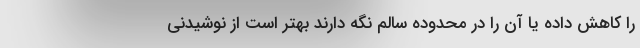
را کاهش داده یا آن را در محدوده سالم نگه دارند بهتر است از نوشیدنی